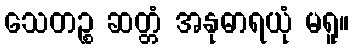
သေတဉ္စ ဆတ္တံ အနုဓာရယုံ မရူ။